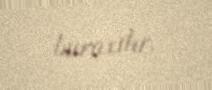
buraxılır.